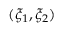
( \xi _ { 1 } , \xi _ { 2 } )